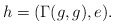
\begin{align*}h=(\Gamma(g, g), e).\end{align*}